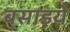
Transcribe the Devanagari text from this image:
बसाइये